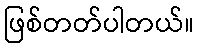
ဖြစ်တတ်ပါတယ်။